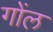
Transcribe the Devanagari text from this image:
गोंल